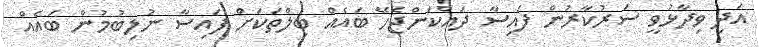
އަދި ވިދާޅުވީ ސަރުކާރުން ފައިސާ ދައްކަންޖެހޭ ބައެއް ބިލްތަކަށް ފައިސާ ނުލިބުމުން ބައެއް